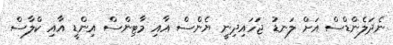
ނެދަލެންޑްސް އަށް ލަނޑު ޖަހައިދިނީ ޔެންސް އާއި މާޓިންސް އިންޑީ އާއި ކްލާސް